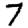
Digit: 7